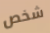
شخص